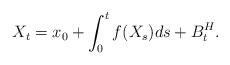
LaTeX: \begin{align*} X_t = x_0 + \int_0^tf(X_s)ds + {B}^H_t.\end{align*}